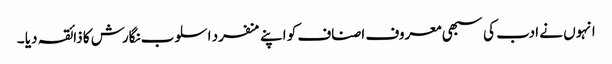
انہوں نے ادب کی سبھی معروف اصناف کو اپنے منفرد اسلوب نگارش کا ذائقہ دیا ۔